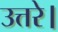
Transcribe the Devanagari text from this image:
उत्तरे।